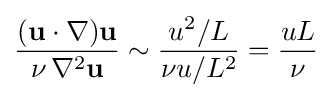
{\frac {(\mathbf {u} \cdot \nabla )\mathbf {u} }{\nu \,\nabla ^{2}\mathbf {u} }}\sim {\frac {u^{2}/L}{\nu u/L^{2}}}={\frac {uL}{\nu }}